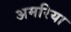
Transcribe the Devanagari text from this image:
अमरिया